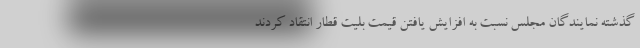
گذشته نمایندگان مجلس نسبت به افزایش یافتن قیمت بلیت قطار انتقاد کردند